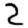
Digit: 2